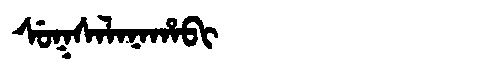
Manchu: ᠰᡠᡴᠰᠠᠯᠠᠨᠠᡥᠠᠪᡳ
Romanization: SUKSALANAHABI